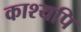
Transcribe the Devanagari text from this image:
काश्यपि